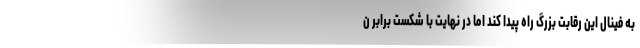
به فینال این رقابت بزرگ راه پیدا کند اما در نهایت با شکست برابر ن